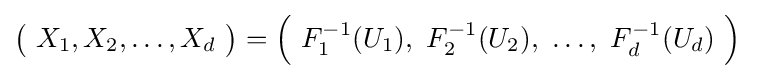
{\bigl (}\ X_{1},X_{2},\dots ,X_{d}\ {\bigr )}={\Bigl (}\ F_{1}^{-1}(U_{1}),\ F_{2}^{-1}(U_{2}),\ \dots ,\ F_{d}^{-1}(U_{d})\ {\Bigr )}~